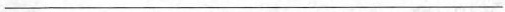
___